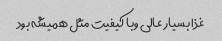
غذا بسیار عالی وبا کیفیت مثل همیشه بود